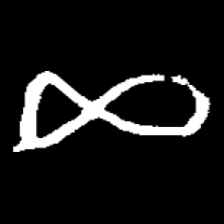
Pyu character \u2014 Myanmar letter: ဆ (romanized: cha)